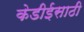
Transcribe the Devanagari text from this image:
केडीईसाठी